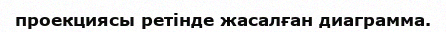
проекциясы ретінде жасалған диаграмма.